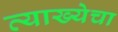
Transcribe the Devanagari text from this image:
व्याख्येचा